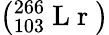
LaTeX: \left(^{266}_{103}\mathrm{~L~r~}\right)